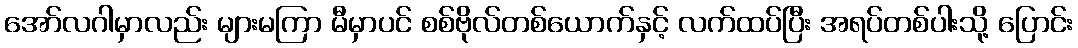
အော်လဂါမှာလည်း များမကြာ မီမှာပင် စစ်ဗိုလ်တစ်ယောက်နှင့် လက်ထပ်ပြီး အရပ်တစ်ပါးသို့ ပြောင်း